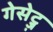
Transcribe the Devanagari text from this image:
गेसेट्ज़